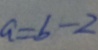
a = b - 2